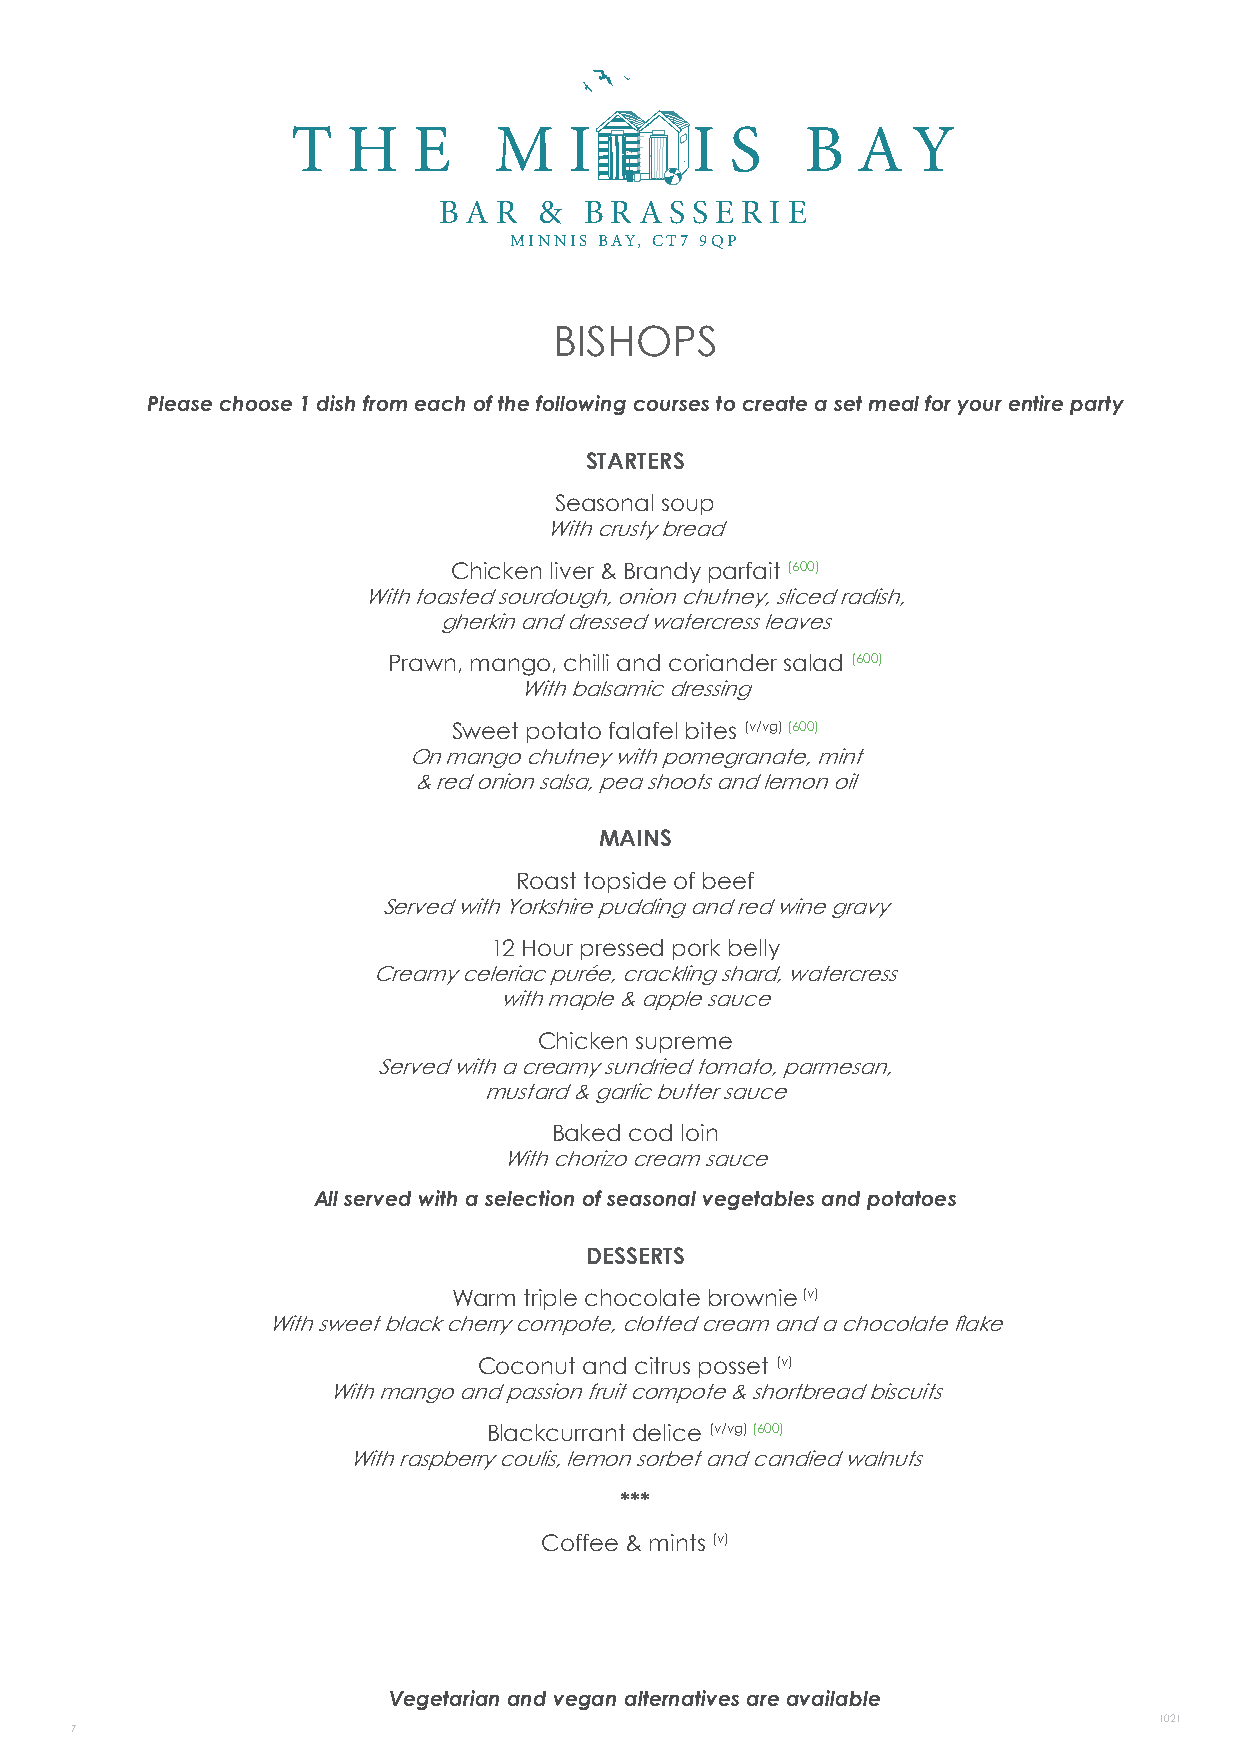
T   HE        M    I       I S    B   A  Y
 B A R  &  B R A S S E R IE
 MINNIS BAY, CT7 9QP
 BISHOPS
 Please choose 1 dish from each of the following courses to create a set meal for your entire party
 STARTERS
 Seasonal soup
 With crusty bread
 Chicken liver & Brandy parfait (600)
 With toasted sourdough, onion chutney, sliced radish,
 gherkin and dressed watercress leaves
 Prawn, mango, chilli and coriander salad (600)
 With balsamic dressing
 Sweet potato falafel bites (v/vg) (600)
 On mango chutney with pomegranate, mint
 & red onion salsa, pea shoots and lemon oil
 MAINS
 Roast topside of beef
 Served with Yorkshire pudding and red wine gravy
 12 Hour pressed pork belly
 Creamy celeriac purée, crackling shard, watercress
 with maple & apple sauce
 Chicken supreme
 Served with a creamy sundried tomato, parmesan,
 mustard & garlic butter sauce
 Baked cod loin
 With chorizo cream sauce
 All served with a selection of seasonal vegetables and potatoes
 DESSERTS
 Warm triple chocolate brownie (v)
 With sweet black cherry compote, clotted cream and a chocolate flake
 Coconut and citrus posset (v)
 With mango and passion fruit compote & shortbread biscuits
 Blackcurrant delice (v/vg) (600)
 With raspberry coulis, lemon sorbet and candied walnuts
 ***
 Coffee & mints (v)
 PER HEAD
 Vegetarian and vegan alternatives are available
 1021
 7